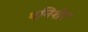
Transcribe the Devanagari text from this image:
पनिशेर